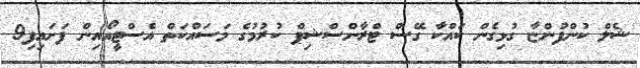
ޝެލް ކުންފުންޏާ ގުޅިގެން ކައްކާ ގޭސް ޓްރާންސްޝިޕް ކުރުމުގެ މަސައްކަތް އެސްޓީއޯއިން ފަށައިފި9